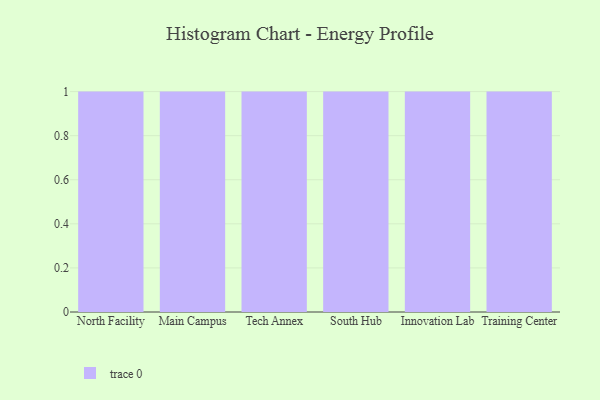
{"axis": {"x": "Campus", "y": "Humidity (%)"}, "legend": [""], "data": [{"x": "North Facility", "y": 80, "type": ""}, {"x": "Main Campus", "y": 34, "type": ""}, {"x": "Tech Annex", "y": 84, "type": ""}, {"x": "South Hub", "y": 66, "type": ""}, {"x": "Innovation Lab", "y": 39, "type": ""}, {"x": "Training Center", "y": 19, "type": ""}]}